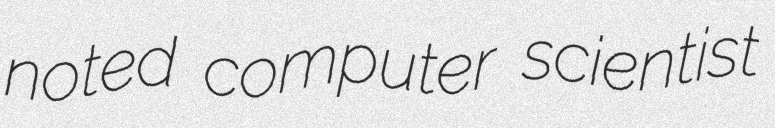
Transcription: noted computer scientist